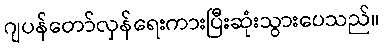
ဂျပန်တော်လှန်ရေးကားပြီးဆုံးသွားပေသည်။